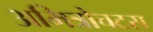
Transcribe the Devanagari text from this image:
अमित्रोचटस